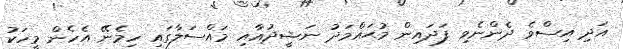
އަދި އިސްވެ ދެންނެވި ފަދައިން މުޙައްމަދު ނަޝީދުއާއި މައްސަލާގައި ހިމެނޭ އެހެން މީހަކު